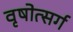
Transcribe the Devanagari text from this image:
वृषोत्सर्ग